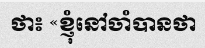
ថា៖ «ខ្ញុំនៅចាំបានថា